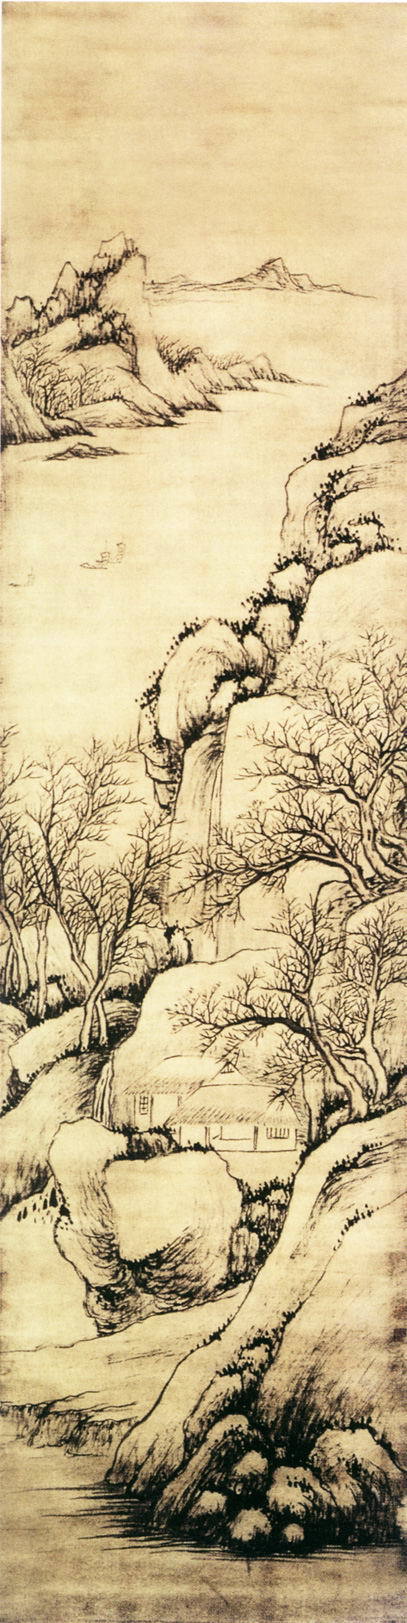
且看欲尽花经眼，莫厌伤多酒入唇。